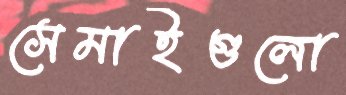
সেমাইগুলো